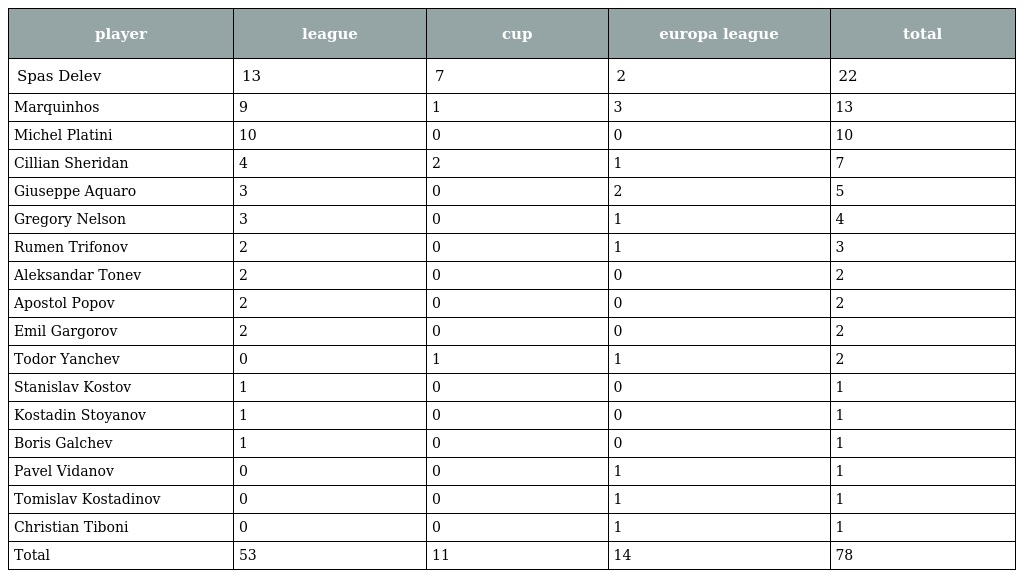
| player | league | cup | europa league | total |
 | --- | --- | --- | --- | --- |
 | Spas Delev | 13 | 7 | 2 | 22 |
 | Marquinhos | 9 | 1 | 3 | 13 |
 | Michel Platini | 10 | 0 | 0 | 10 |
 | Cillian Sheridan | 4 | 2 | 1 | 7 |
 | Giuseppe Aquaro | 3 | 0 | 2 | 5 |
 | Gregory Nelson | 3 | 0 | 1 | 4 |
 | Rumen Trifonov | 2 | 0 | 1 | 3 |
 | Aleksandar Tonev | 2 | 0 | 0 | 2 |
 | Apostol Popov | 2 | 0 | 0 | 2 |
 | Emil Gargorov | 2 | 0 | 0 | 2 |
 | Todor Yanchev | 0 | 1 | 1 | 2 |
 | Stanislav Kostov | 1 | 0 | 0 | 1 |
 | Kostadin Stoyanov | 1 | 0 | 0 | 1 |
 | Boris Galchev | 1 | 0 | 0 | 1 |
 | Pavel Vidanov | 0 | 0 | 1 | 1 |
 | Tomislav Kostadinov | 0 | 0 | 1 | 1 |
 | Christian Tiboni | 0 | 0 | 1 | 1 |
 | Total | 53 | 11 | 14 | 78 |